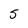
Character: 5